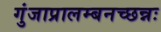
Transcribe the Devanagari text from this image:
गुंजाप्रालम्बनच्छन्नः